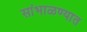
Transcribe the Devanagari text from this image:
सांभाळण्यात